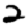
Digit: 2